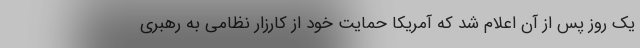
یک روز پس از آن اعلام شد که آمریکا حمایت خود از کارزار نظامی به رهبری